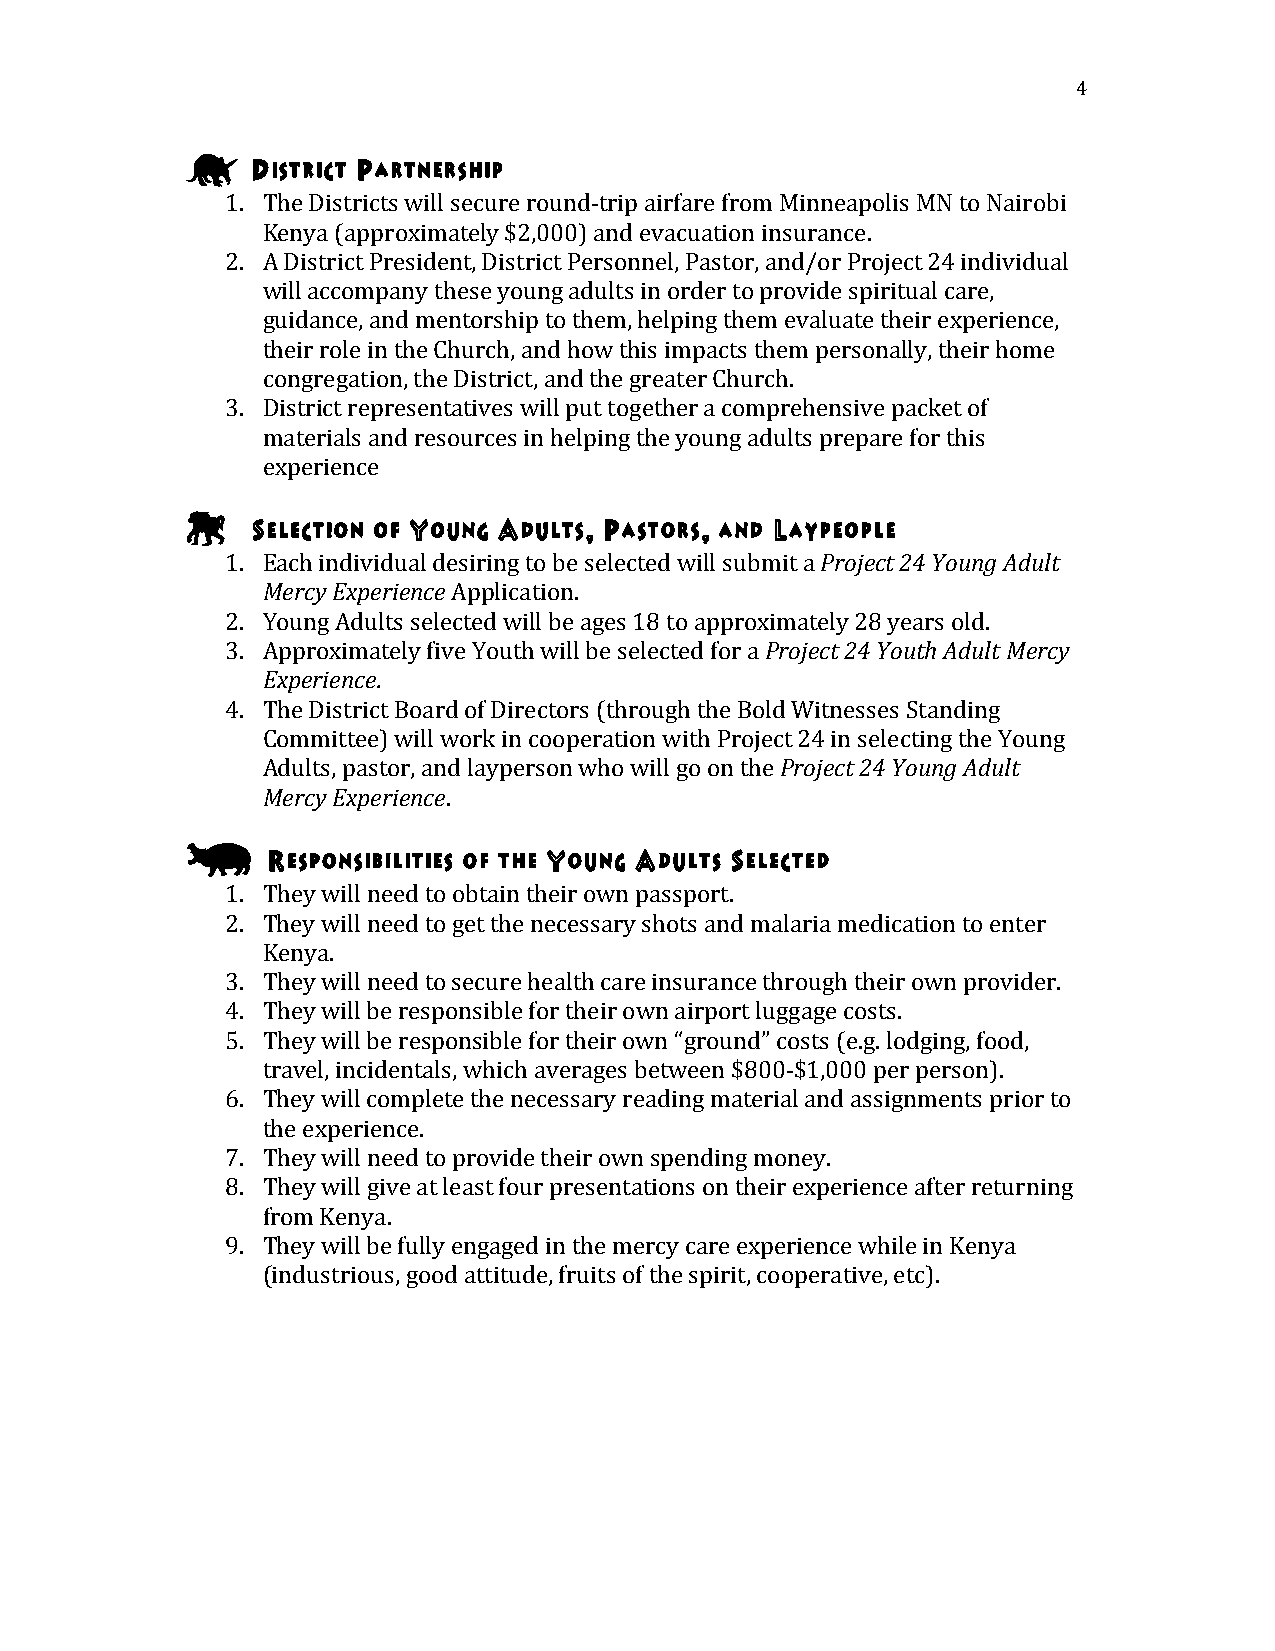
4
 H
 District Partnership
 1. The Districts will secure round-­‐trip airfare from Minneapolis MN to Nairobi
 Kenya (approximately $2,000) and evacuation insurance.
 2. A District President, District Personnel, Pastor, and/or Project 24 individual
 will accompany these young adults in order to provide spiritual care,
 guidance, and mentorship to them, helping them evaluate their experience,
 their role in the Church, and how this impacts them personally, their home
 congregation, the District, and the greater Church.
 3. District representatives will put together a comprehensive packet of
 materials and resources in helping the young adults prepare for this
 experience
 4
 Selection of Young Adults, Pastors, and Laypeople
 1. Each individual desiring to be selected will submit a Project 24 Young Adult
 Mercy Experience Application.
 2. Young Adults selected will be ages 18 to approximately 28 years old.
 3. Approximately five Youth will be selected for a Project 24 Youth Adult Mercy
 Experience.
 4. The District Board of Directors (through the Bold Witnesses Standing
 Committee) will work in cooperation with Project 24 in selecting the Young
 Adults, pastor, and layperson who will go on the Project 24 Young Adult
 Mercy Experience.
 ,
 Responsibilities of the Young Adults Selected
 1. They will need to obtain their own passport.
 2. They will need to get the necessary shots and malaria medication to enter
 Kenya.
 3. They will need to secure health care insurance through their own provider.
 4. They will be responsible for their own airport luggage costs.
 5. They will be responsible for their own “ground” costs (e.g. lodging, food,
 travel, incidentals, which averages between $800-­‐$1,000 per person).
 6. They will complete the necessary reading material and assignments prior to
 the experience.
 7. They will need to provide their own spending money.
 8. They will give at least four presentations on their experience after returning
 from Kenya.
 9. They will be fully engaged in the mercy care experience while in Kenya
 (industrious, good attitude, fruits of the spirit, cooperative, etc).